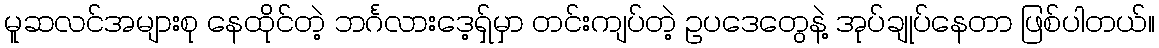
မူဆလင်အများစု နေထိုင်တဲ့ ဘင်္ဂလားဒေ့ရှ်မှာ တင်းကျပ်တဲ့ ဥပဒေတွေနဲ့ အုပ်ချုပ်နေတာ ဖြစ်ပါတယ်။